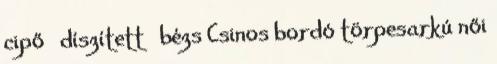
cipő díszített bézs Csinos bordó törpesarkú női